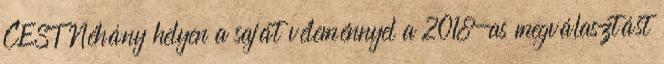
CEST Néhány helyen a saját véleménnyel a 2018-as megválasztást